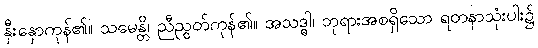
နှီးနှောကုန်၏။ သမေန္တိ၊ ညီညွတ်ကုန်၏။ အသဒ္ဓါ၊ ဘုရားအစရှိသော ရတနာသုံးပါး၌